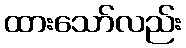
ထားသော်လည်း